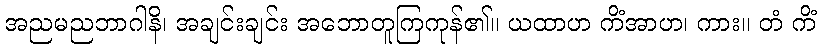
အညမညဘာဂါနိ၊ အချင်းချင်း အဘောတူကြကုန်၏။ ယထာဟ ကိံအာဟ၊ ကား။ တံ ကိံ